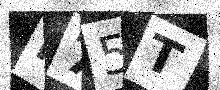
Text: K75T